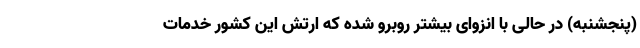
(پنجشنبه) در حالی با انزوای بیشتر روبرو شده که ارتش این کشور خدمات